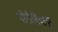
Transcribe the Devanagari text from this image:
गौरीबिदानूर